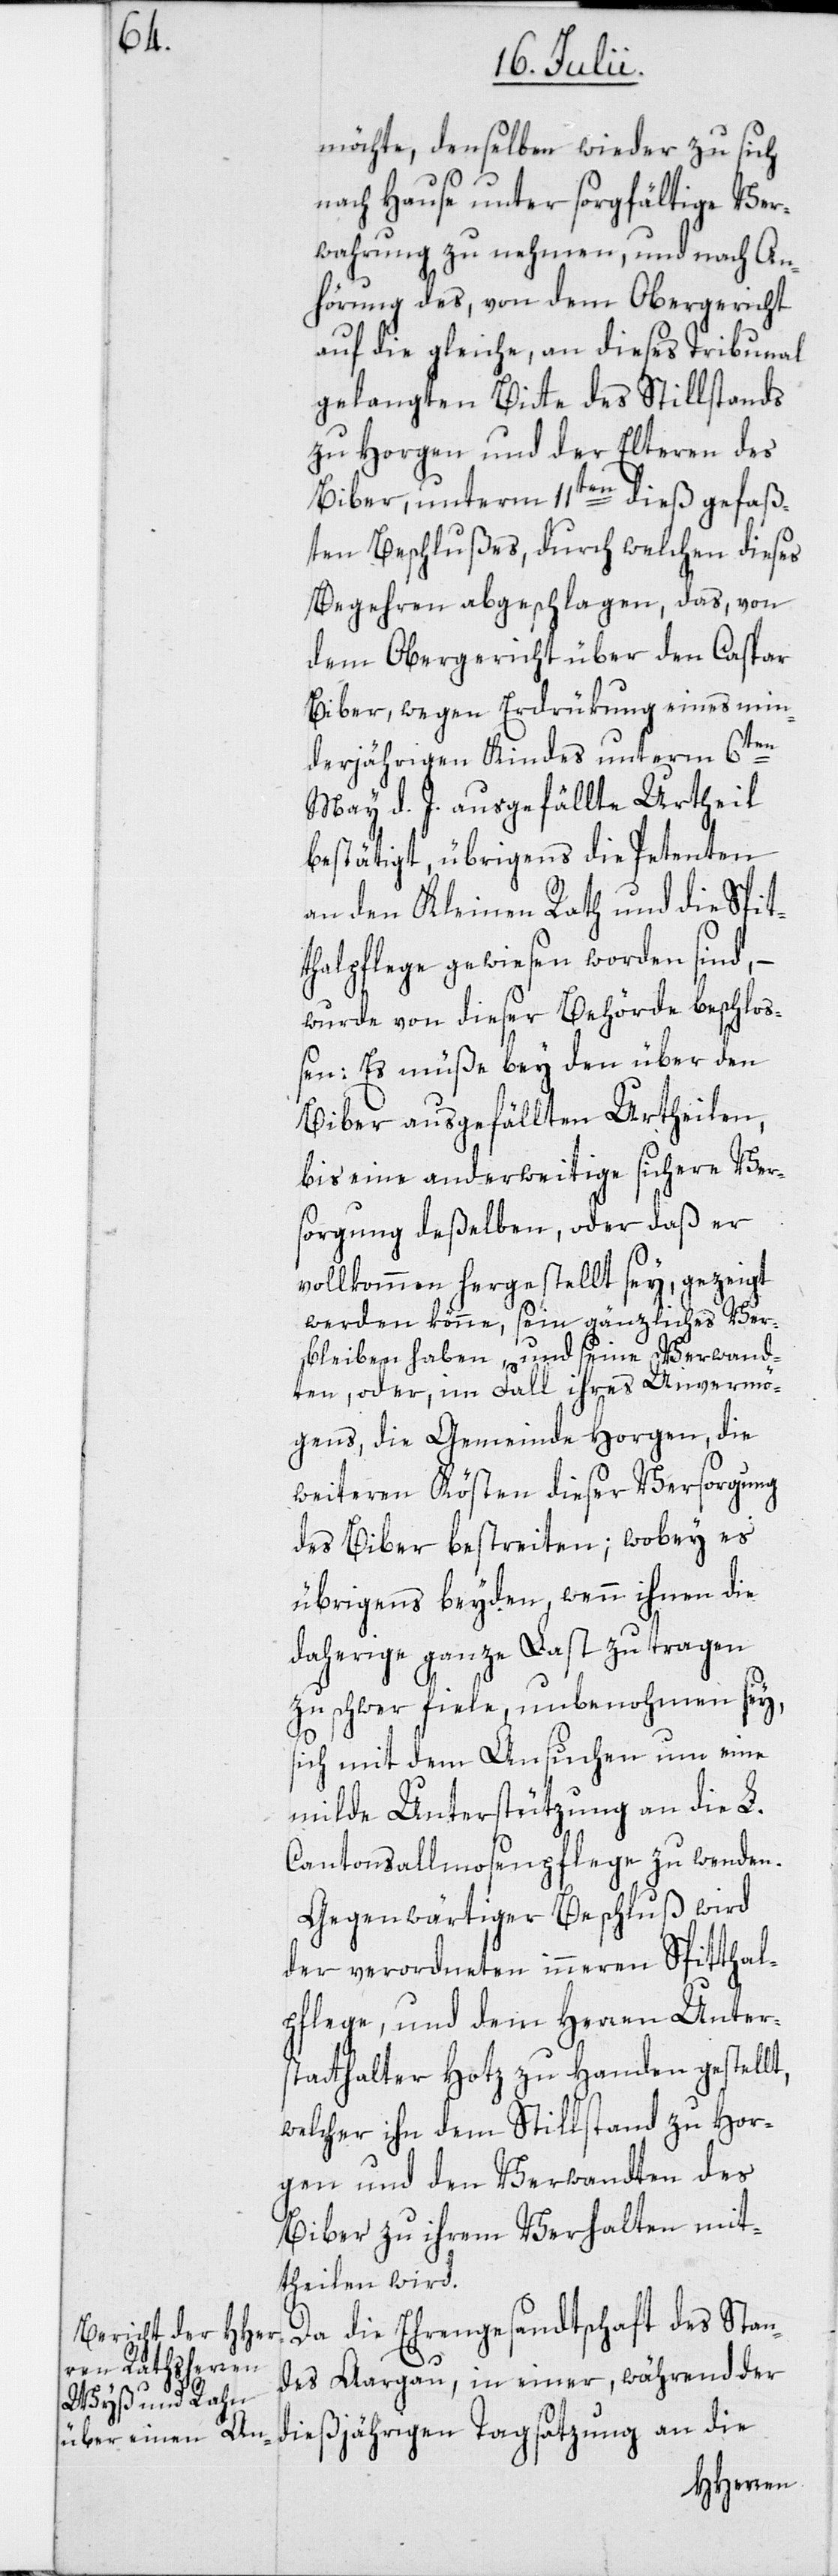
möchte, denselben wieder zu sich
nach Hause unter sorgfältige Ver¬
wahrung zu nehmen, und nach An¬
hörung des, von dem Obergericht
auf die gleiche, an dieses Tribunal
gelangten Bitte des Stillstands
zu Horgen und der Elteren des
Biber, unterm 11ten dieß gefaß¬
ten Beschlußes, durch welchen dieses
Begehren abgeschlagen, das, von
dem Obergericht über den Caspar
Biber, wegen Erdrükung eines min¬
derjährigen Kindes unterm 6ten
May d. J. ausgefällte Urtheil
bestätigt, übrigens die Petenten
an den Kleinen Rath und die Spit¬
thalpflege gewiesen worden sind,
wurde von dieser Behörde beschloß¬
en: Es müße bey den über den
Biber ausgefällten Urtheilen,
bis eine anderweitige sichere Ver¬
sorgung deßelben, oder daß er
vollkommen hergestellt sey, gezeigt
werden könne, sein gänzliches Ver¬
bleiben haben, und seine Verwand¬
ten, oder, im Fall ihres Unvermö¬
gens, die Gemeinde Horgen, die
weiteren Kösten dieser Versorgung
des Biber bestreiten; wobey es
übrigens beyden, wenn ihnen die
daherige ganze Last zu tragen
zu schwer fiele, unbenohmen sey,
sich mit dem Ansuchen um eine
milde Unterstützung an die L.
Cantonsallmosenpflege zu wenden.
Gegenwärtiger Beschluß wird
der verordneten inneren Spitthal¬
pflege, und dem Herren Unter¬
statthalter Hotz zu Handen gestellt,
welcher ihn dem Stillstand zu Hor¬
gen und den Verwandten des
Biber zu ihrem Verhalten mit¬
theilen wird.
Da die Ehrengesandtschaft des Stan¬
des Aargau, in einer, während der